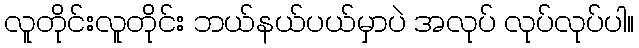
လူတိုင်းလူတိုင်း ဘယ်နယ်ပယ်မှာပဲ အလုပ် လုပ်လုပ်ပါ။